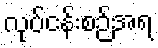
လုပ်ငန်းစဉ်အရ